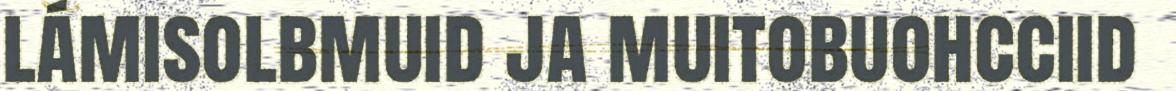
lámisolbmuid ja muitobuohcciid